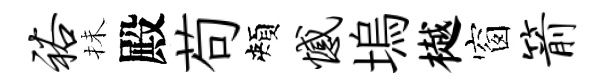
裕抺殿苟頰憾塢樾窗箭